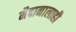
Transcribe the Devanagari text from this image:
मैदानालाही